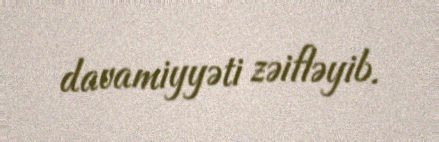
davamiyyəti zəifləyib.